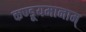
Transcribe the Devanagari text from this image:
कण्डूयमानाम्